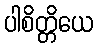
ပါစိတ္တိယေ